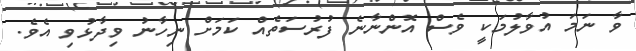
ވާ ނަމަ އުވާލުމަކީ ވެސް އޮންނާނެ ފުރުސަތެއް ކަމަށް ނިހާނު ވިދާޅުވި އެވެ.